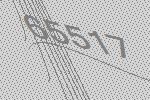
65517